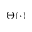
\Theta ( \cdot )